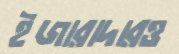
ইজারাদারও